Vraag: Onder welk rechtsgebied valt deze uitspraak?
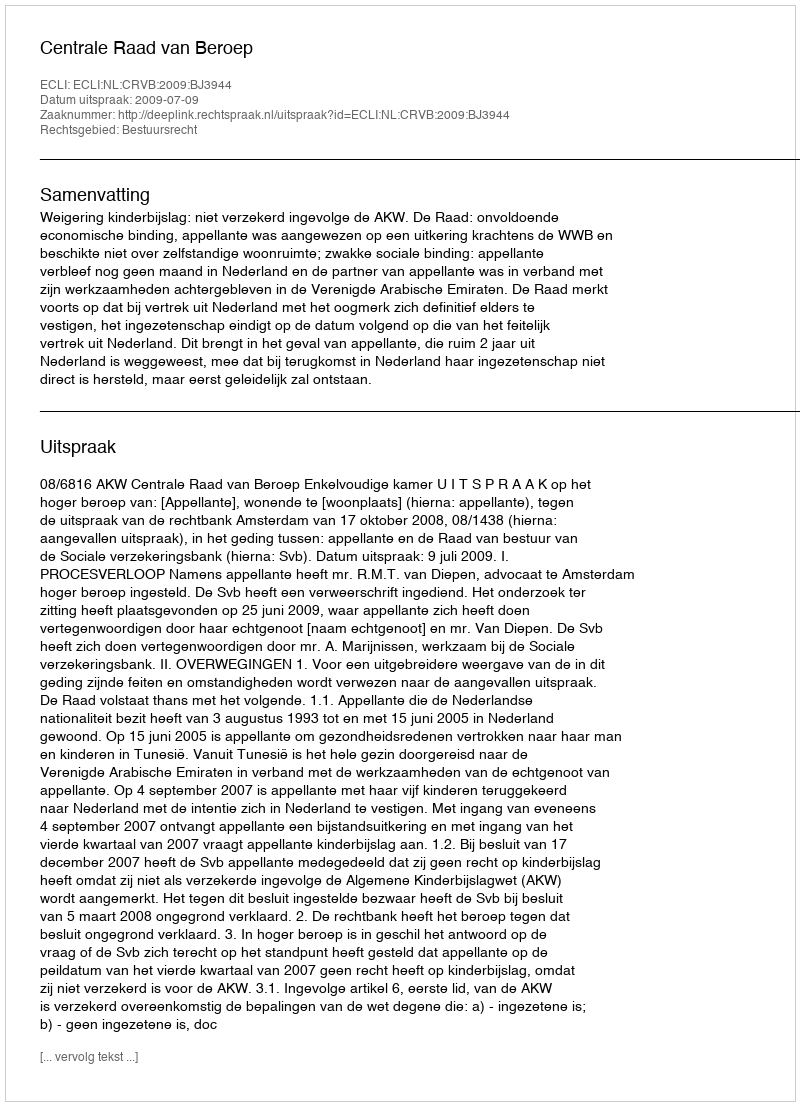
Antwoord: Bestuursrecht